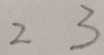
2 3